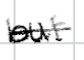
Text: but
Cross-out: single-line
Writing tool: digital_black